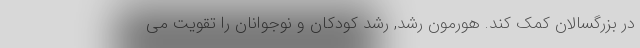
در بزرگسالان کمک کند. هورمون رشد, رشد کودکان و نوجوانان را تقویت می